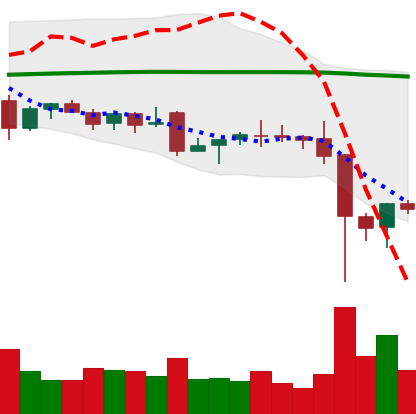
Ticker: EOS-USD
Chart end date: 2021-12-07
Forward return: 3.219%
Label: up_3_5